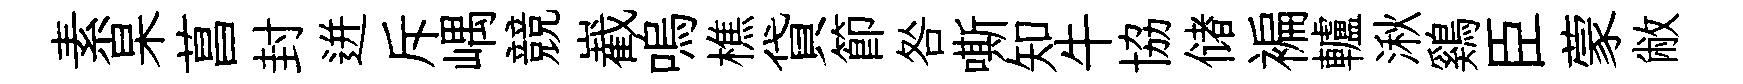
素杲菖封迸斥嵎競嶻嗚樵貸節咎嘶知牛協储褊轤湫鷄臣蒙敝